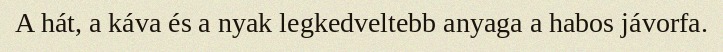
A hát, a káva és a nyak legkedveltebb anyaga a habos jávorfa.